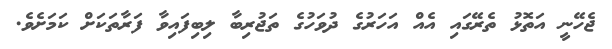
ޖެހޭނީ އަތޮޅު ތެރޭގައި އެއް އަހަރުގެ ދުވަހުގެ ތަޖުރިބާ ލިބިފައިވާ ފަރާތަކަށް ކަމަށެވެ.